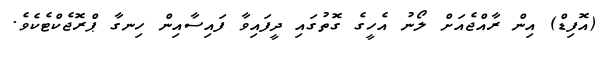
(އޮފިޑް) އިން ރާއްޖެއަށް ލޯނު އެހީގެ ގޮތުގައި ދީފައިވާ ފައިސާއިން ހިނގާ ޕްރޮޖެކްޓެކެވެ.